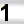
Digit: 1